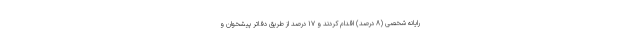
رایانه شخصی (۸ درصد) اقدام کردند و ۱۷ درصد از طریق دفاتر پیشخوان و